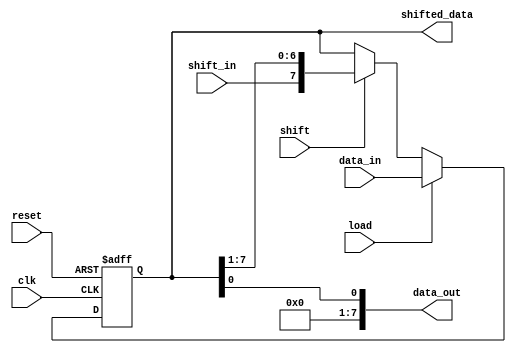
module parameterized_shift_register #(
    parameter WIDTH = 8 // Default width of the shift register
)(
    input wire clk,                // Clock signal
    input wire reset,              // Asynchronous reset
    input wire [WIDTH-1:0] data_in, // Parallel input data
    input wire shift_in,           // Serial input data for shifting
    input wire load,               // Control signal for parallel load
    input wire shift,              // Control signal for shifting
    output reg [WIDTH-1:0] data_out, // Serial output
    output reg [WIDTH-1:0] shifted_data // Parallel output
);

    reg [WIDTH-1:0] shift_reg; // Internal shift register

    always @(posedge clk or posedge reset) begin
        if (reset) begin
            // Asynchronous reset
            shift_reg <= {WIDTH{1'b0}}; // Reset all bits to zero
        end else begin
            if (load) begin
                // Parallel load operation
                shift_reg <= data_in;
            end else if (shift) begin
                // Shift operation
                shift_reg <= {shift_in, shift_reg[WIDTH-1:1]}; // Shift right
            end
        end
    end

    // Output assignments
    assign data_out = shift_reg[0]; // Output the least significant bit
    assign shifted_data = shift_reg; // Output the entire contents of the shift register

endmodule